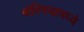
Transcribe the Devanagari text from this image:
बॉस्नियामध्ये